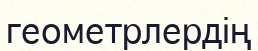
геометрлердің